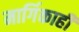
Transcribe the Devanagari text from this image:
मार्गिकाही